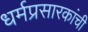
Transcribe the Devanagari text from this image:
धर्मप्रसारकांची